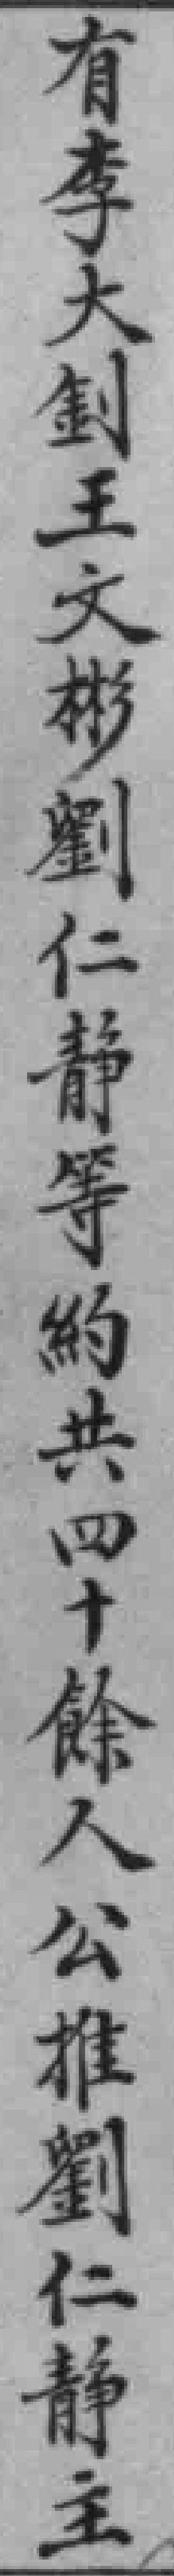
有李大釗王文彬劉仁静等的約共四十餘人公推劉仁静主